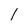
Character: I